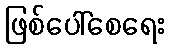
ဖြစ်ပေါ်စေရေး